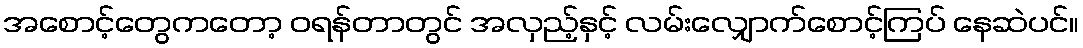
အစောင့်တွေကတော့ ဝရန်တာတွင် အလှည့်နှင့် လမ်းလျှောက်စောင့်ကြပ် နေဆဲပင်။